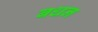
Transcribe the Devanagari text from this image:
बधन